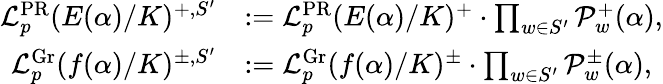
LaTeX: \begin{array}{rl}{\mathcal{L}_{p}^{\mathrm{PR}}(E(\alpha)/K)^{+,S^{\prime}}}&{:=\mathcal{L}_{p}^{\mathrm{PR}}(E(\alpha)/K)^{+}\cdot\prod_{w\in S^{\prime}}\mathcal{P}_{w}^{+}(\alpha),}\\ {\mathcal{L}_{p}^{\mathrm{Gr}}(f(\alpha)/K)^{\pm,S^{\prime}}}&{:=\mathcal{L}_{p}^{\mathrm{Gr}}(f(\alpha)/K)^{\pm}\cdot\prod_{w\in S^{\prime}}\mathcal{P}_{w}^{\pm}(\alpha),}\end{array}